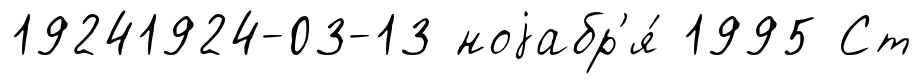
19241924-03-13 ноjабр'я́ 1995 Ст